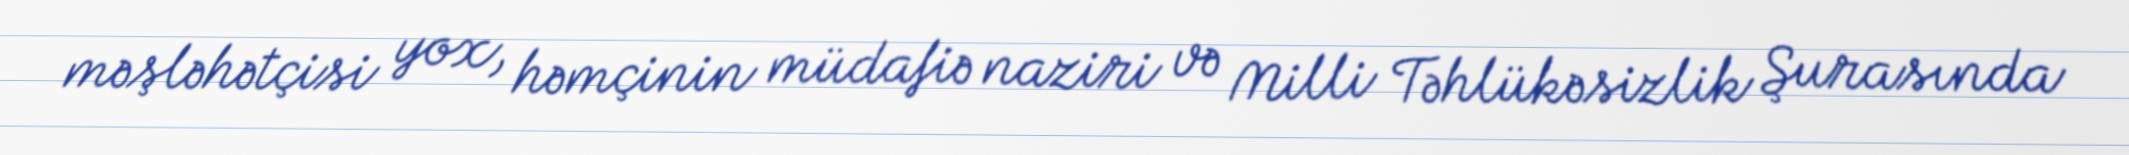
məşləhətçisi yox, həmçinin müdafiə naziri və Milli Təhlükəsizlik Şurasında